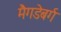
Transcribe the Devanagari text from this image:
मैगडेबर्ग